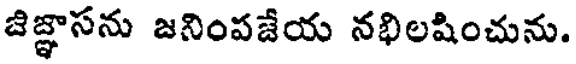
జిజ్ఞాసను జనింపజేయ నభిలషించును.